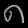
Digit: ၈